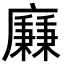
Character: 𢋯